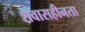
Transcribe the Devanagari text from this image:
शवासहीनता